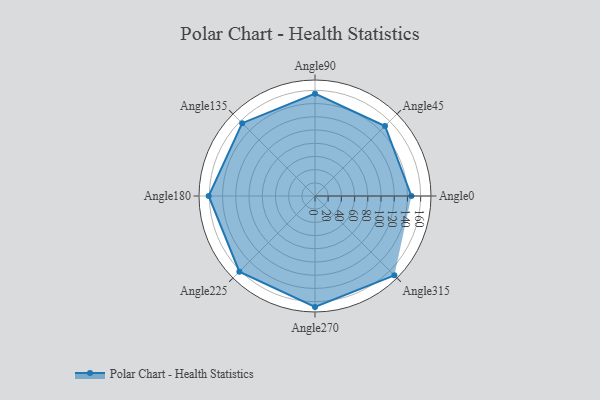
{"axis": {"x": "Angle", "y": "Radius"}, "legend": [""], "data": [{"x": "Angle0", "y": 146.0, "type": ""}, {"x": "Angle45", "y": 150.0, "type": ""}, {"x": "Angle90", "y": 155.0, "type": ""}, {"x": "Angle135", "y": 156.0, "type": ""}, {"x": "Angle180", "y": 161.0, "type": ""}, {"x": "Angle225", "y": 162.0, "type": ""}, {"x": "Angle270", "y": 168.0, "type": ""}, {"x": "Angle315", "y": 170, "type": ""}]}